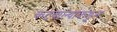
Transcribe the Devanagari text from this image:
कटवाल्यांकडून